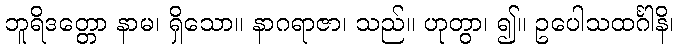
ဘူရိဒတ္တော နာမ၊ ရှိသော။ နာဂရာဇာ၊ သည်။ ဟုတွာ၊ ၍။ ဥပေါသထင်္ဂါနိ၊